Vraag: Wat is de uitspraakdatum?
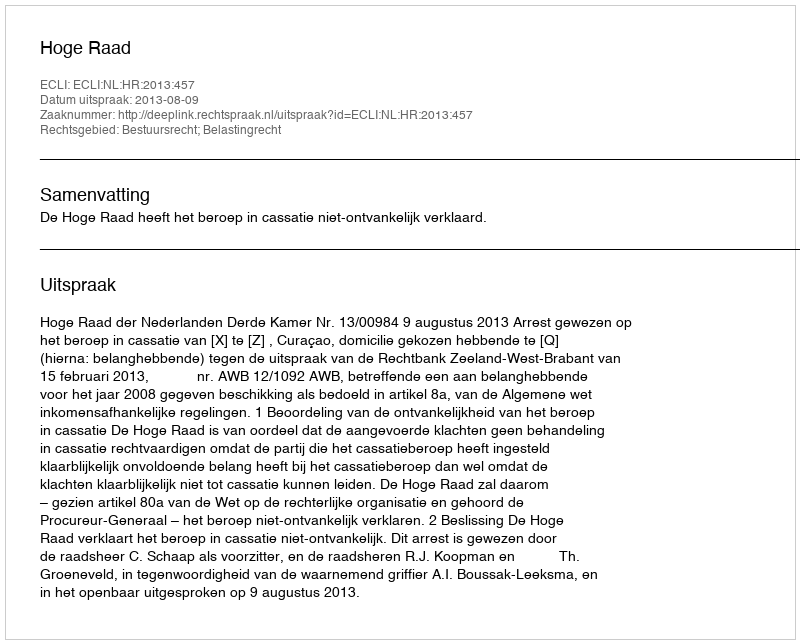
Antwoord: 2013-08-09